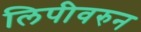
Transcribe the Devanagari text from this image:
लिपीवरुन